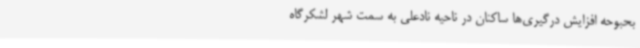
بحبوحه افزایش درگیری‌ها ساکنان در ناحیه نادعلی به سمت شهر لشکرگاه